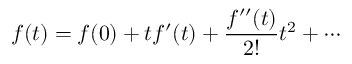
f ( t ) = f ( 0 ) + t f ^ { \prime } ( t ) + \frac { f ^ { \prime \prime } ( t ) } { 2 ! } t ^ { 2 } + \cdots